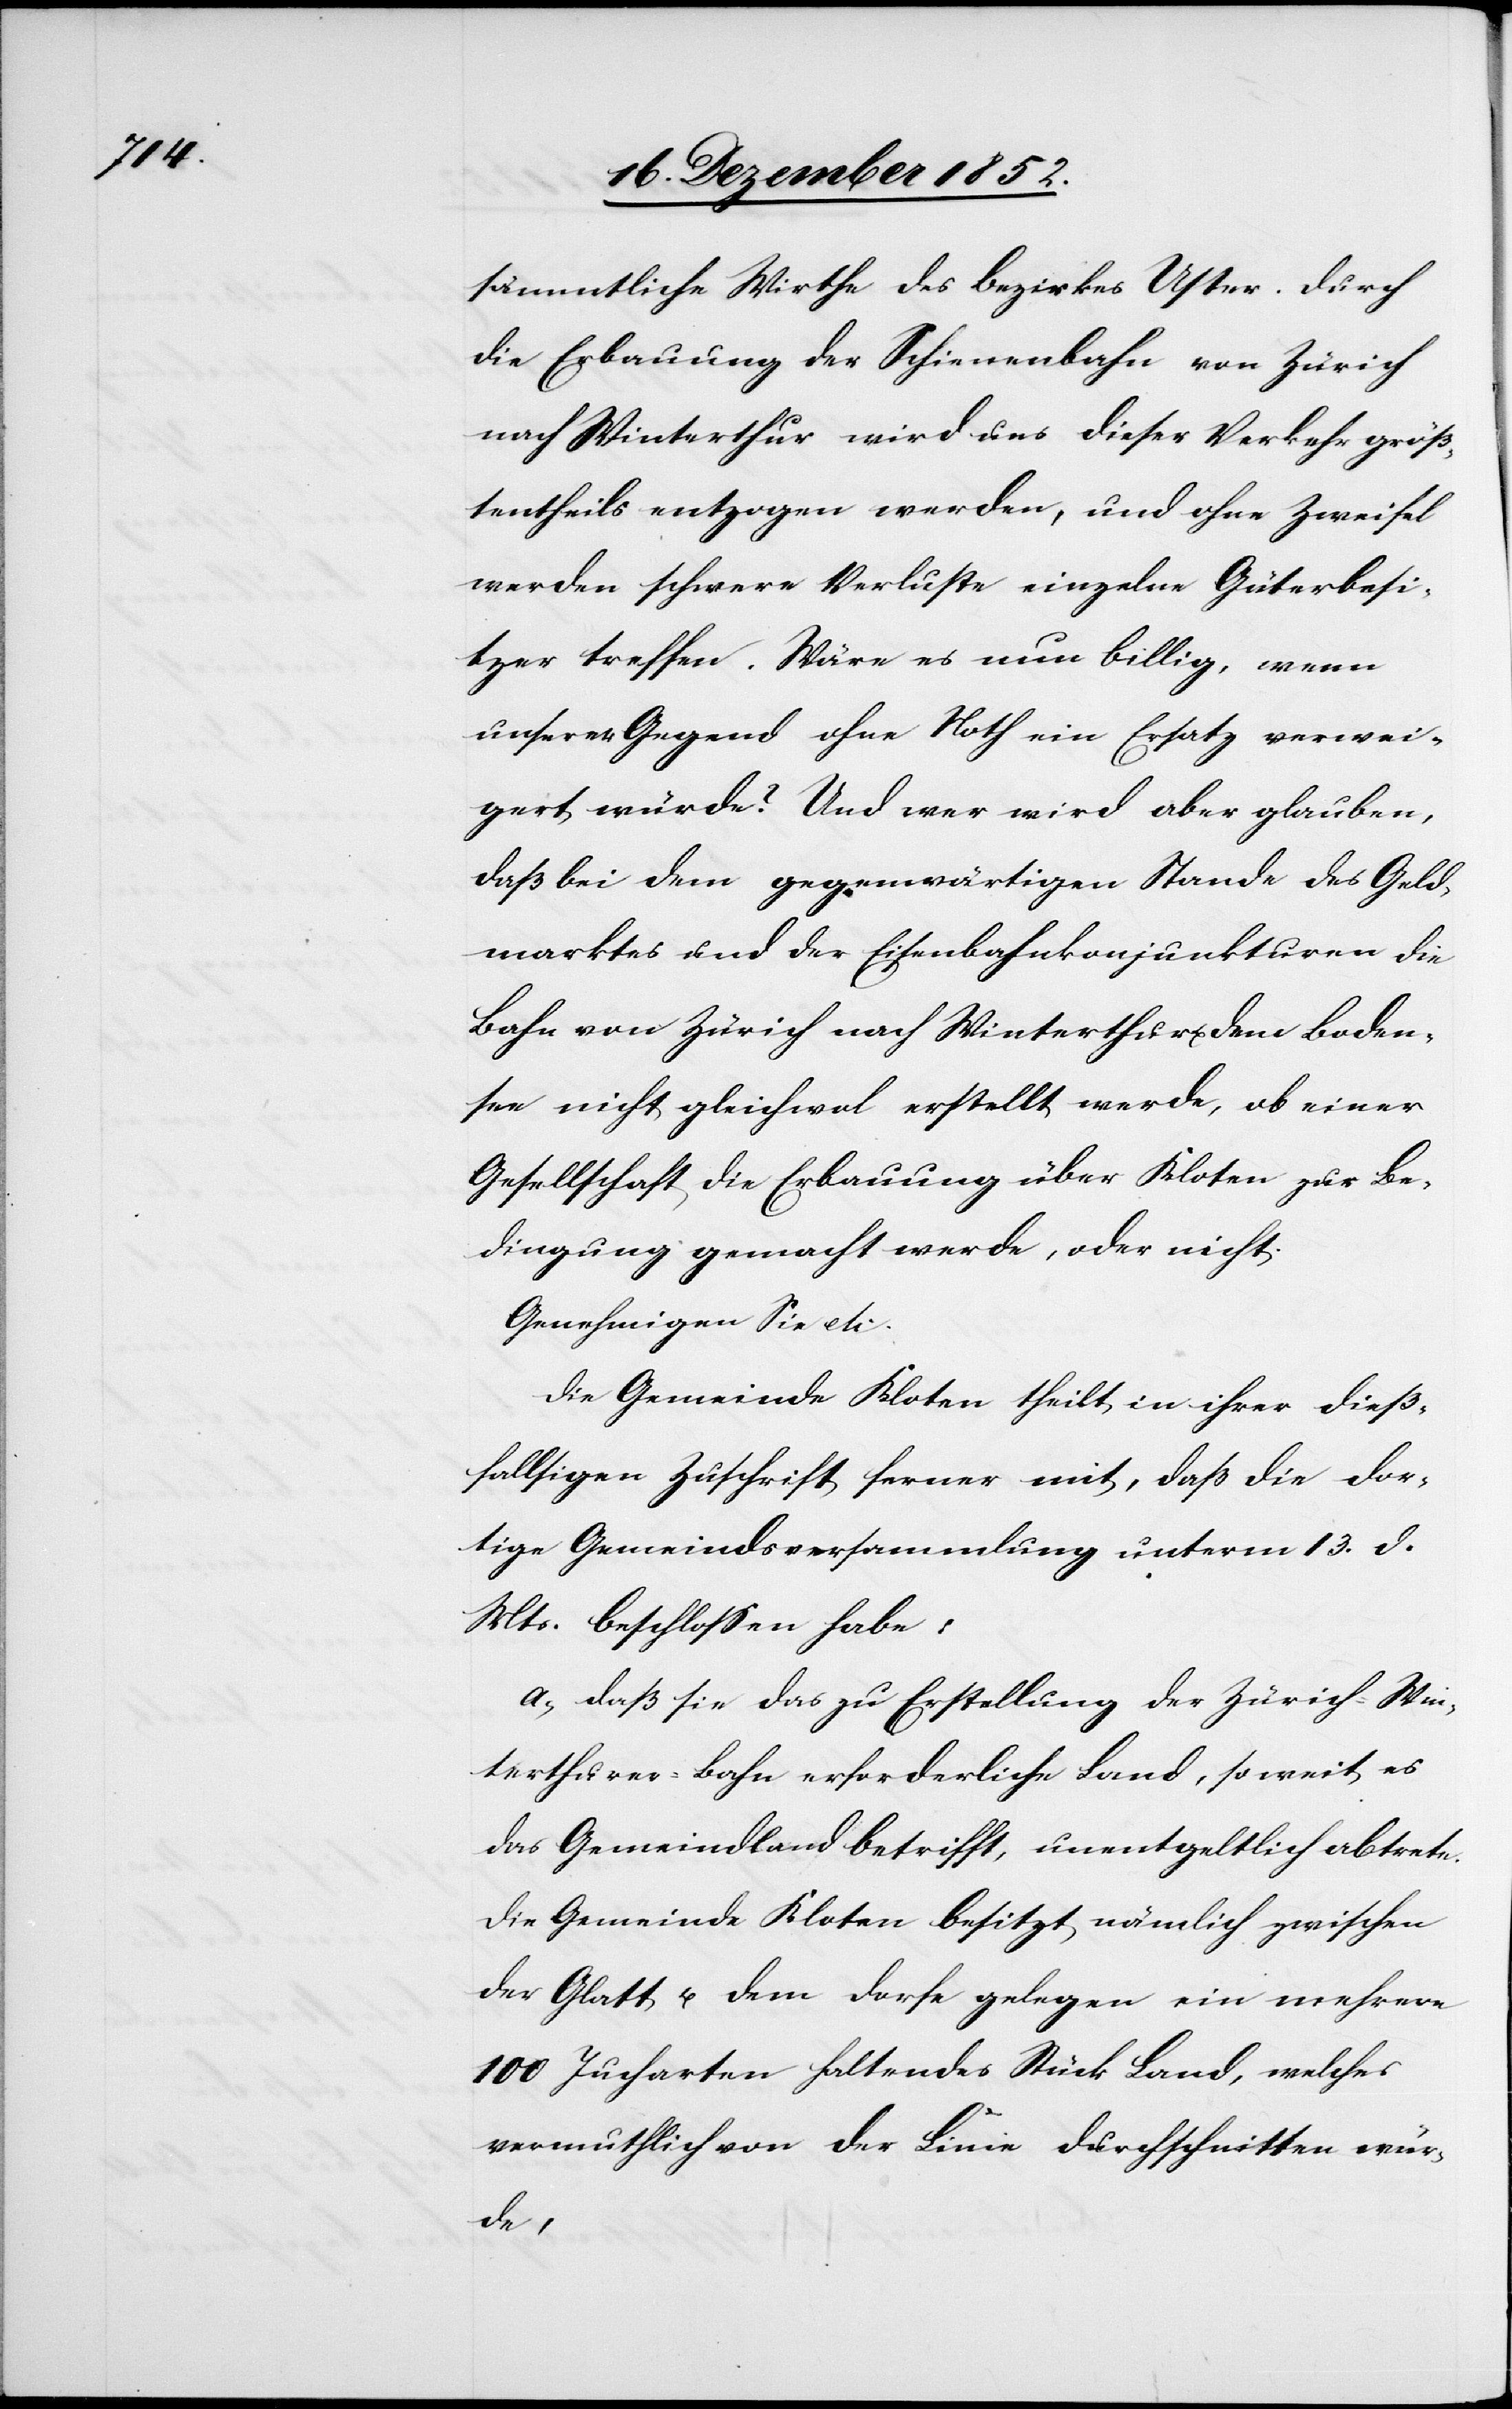
sämmtliche Wirthe des Bezirkes Uster. Durch
die Erbauung der Schienenbahn von Zürich
nach Winterthur wird uns dieser Verkehr größ¬
tentheils entzogen werden, und ohne Zweifel
werden schwere Verluste einzelne Güterbesi¬
tzer treffen. Wäre es nun billig, wenn
unserer Gegend ohne Noth ein Ersatz verwei¬
gert würde? Und wer wird aber glauben,
daß bei dem gegenwärtigen Stande des Geld¬
marktes und der Eisenbahnkonjunkturen die
Bahn von Zürich nach Winterthur u. dem Boden¬
see nicht gleichwol erstellt werde, ob einer
Gesellschaft die Erbauung über Kloten zur Be¬
dingung gemacht werde, oder nicht.
Genehmigen Sie etc.
Die Gemeinde Kloten theilt in ihrer dieß¬
fallsigen Zuschrift ferner mit, daß die dor¬
tige Gemeindsversammlung unterm 13. d.
Mts. beschlossen habe:
a, daß sie das zu Erstellung der Zürich-Win¬
terthurer-Bahn erforderliche Land, so weit es
das Gemeindland betrifft, unentgeltlich abtrete.
Die Gemeinde Kloten besitzt nämlich zwischen
der Glatt u. dem Dorfe gelegen ein mehrere
100 Jucharten haltendes Stück Land, welches
vermuthlich von der Linie durchschnitten wür¬
de,